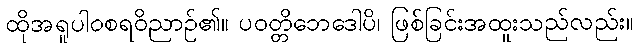
ထိုအရူပါဝစရဝိညာဉ်၏။ ပဝတ္တိဘေဒေါပိ၊ ဖြစ်ခြင်းအထူးသည်လည်း။